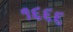
૧૬૬૬